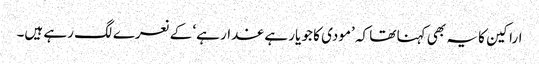
اراکین کا یہ بھی کہنا تھا کہ ’مودی کا جو یار ہے غدار ہے‘ کے نعرے لگ رہے ہیں۔